Civil Veterinary Dept. Assam report 1927-50 - 1927-1950
Year: 1927
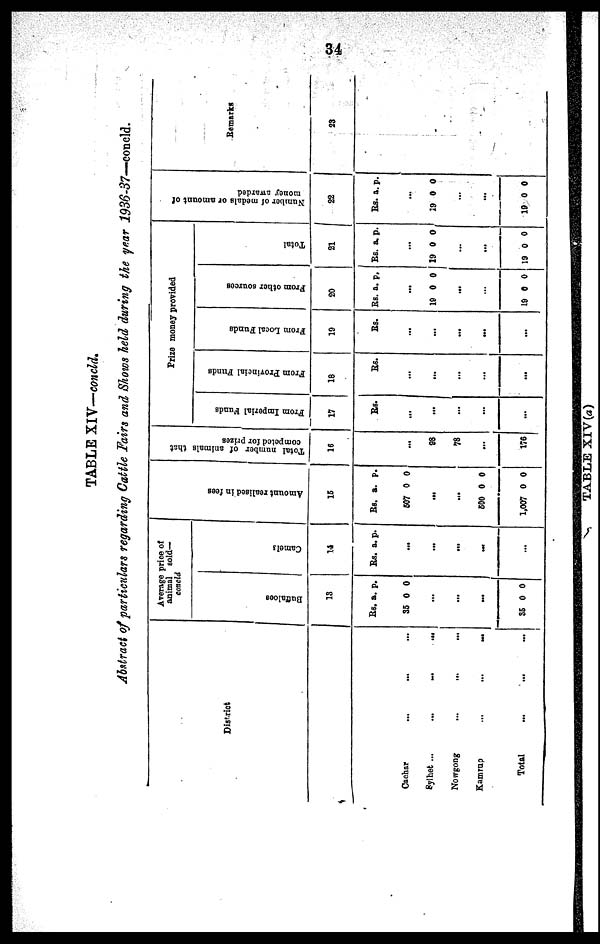
34
TABLE XIV—concld.
Abstract of particulars regarding Cattle Fairs and Shows held during the year 1936-37—concld.
District
Cachar
...
... ...
Sylhet ...
...
...
...
Nowgong
...
... ...
Kamrup
...
...
...
Total ... ... ...
Average price of
animal sold
concld.
Buffaloes
13
Rs.
35
35 0 0
a.
0
...
...
...
p.
0
Camels
14
Rs. a. p.
...
...
...
...
...
Amo u n t r e a l i s e d in fees
15
RS.
607
..
..
600
1,007
a.
0
.
.
0
0
p.
0
0
0
Tot al n u m b e r o f a n i m a l s t hat
competed for prizes
16
...
88
78
...
176
Prize money provided
From Imperial Funds
17
Rs.
...
...
...
...
...
Prom Provincial Funds
18
Rs.
...
...
...
...
...
From Local Funds
19
Rs.
...
...
...
...
...
From other sources
2
0
Rs.
10
...
19
a.
...
0
...
0
p.
0
0
Total
2
1
Rs.
19
.
.
19
a.
...
0
..
..
0
p.
0
0
Number of medals or amount of
money awarded
22
Rs.
.
19
.
.
19
a.
..
0
..
..
0
p.
0
0
Remarks
23